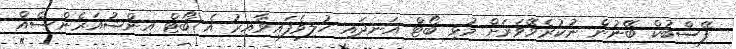
ފޭސްބުކް ބޭނުން ނުކުރެވޭވަރަށް މުޅި ބޯޓް އަނދައި ހުލިވެފައިވާއިރު އެ ބޯޓް އިންޝުއަރެންސެއް